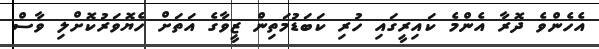
އެހެންވެ ދޮރާ އެންމެ ކައިރީގައި ހުރި ކަބަޑުމަތިން ޒީވާގެ އަތަށް ހެޔޮވަރުކޮށްލި ވާސް